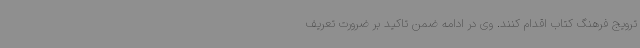
ترویج فرهنگ کتاب اقدام کنند. وی در ادامه ضمن تاکید بر ضرورت تعریف